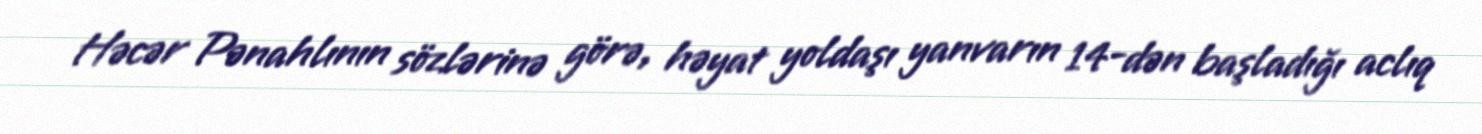
Həcər Pənahlının sözlərinə görə, həyat yoldaşı yanvarın 14-dən başladığı aclıq